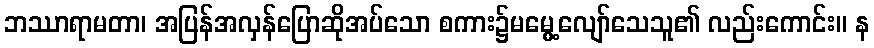
ဘဿာရာမတာ၊ အပြန်အလှန်ပြောဆိုအပ်သော စကား၌မမွေ့လျော်သေသူ၏ လည်းကောင်း။ န